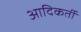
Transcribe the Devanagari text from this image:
आदिकर्ती